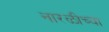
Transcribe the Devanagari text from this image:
नारळीच्या